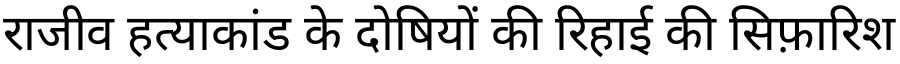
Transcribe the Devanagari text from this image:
राजीव हत्याकांड के दोषियों की रिहाई की सिफ़ारिश